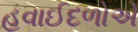
હવાઈદળોએ